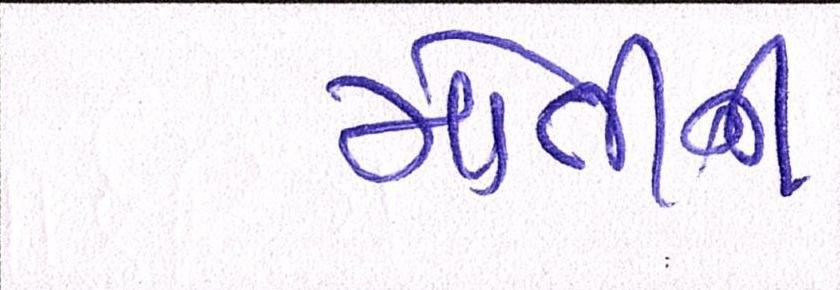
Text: મોતીની